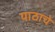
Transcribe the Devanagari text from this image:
पाठाचे